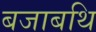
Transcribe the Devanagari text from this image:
बजाबथि